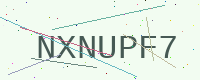
Text: NXNUPF7